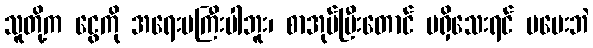
သူတို့က ငွေကို အရေးမကြီးပါဘူး၊ စာအုပ်ပြီးတောင် မရှိသေးရင် မပေးဘဲ